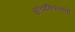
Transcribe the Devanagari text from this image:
कुडाकिस्तानों